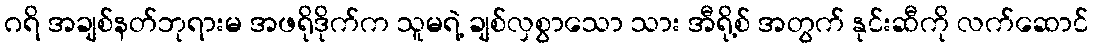
ဂရိ အချစ်နတ်ဘုရားမ အဖရိုဒိုက်က သူမရဲ့ ချစ်လှစွာသော သား အီရို့စ် အတွက် နုင်းဆီကို လက်ဆောင်